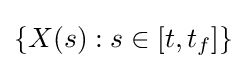
\{X(s):s\in [t,t_{f}]\}